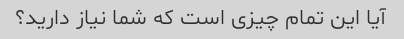
آیا این تمام چیزی است که شما نیاز دارید؟